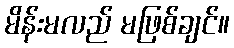
မိန်းမလည် မဖြစ်ချင်။